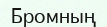
Бромның